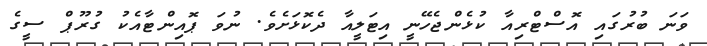
ވަނަ ބުރުގައި އޮސްޓްރިއާ ކުޅެންޖެހޭނީ އިޓަލީއާ ދެކޮޅަށެވެ. ނުވަ ޕޮއިންޓާއެކު ގުރޫޕް ސީގެ